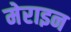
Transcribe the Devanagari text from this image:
मेराइन